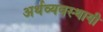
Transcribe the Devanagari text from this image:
अर्थव्यवस्थायी